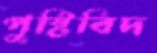
পুষ্টিবিদ